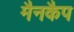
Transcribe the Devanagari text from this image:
मैनकैप